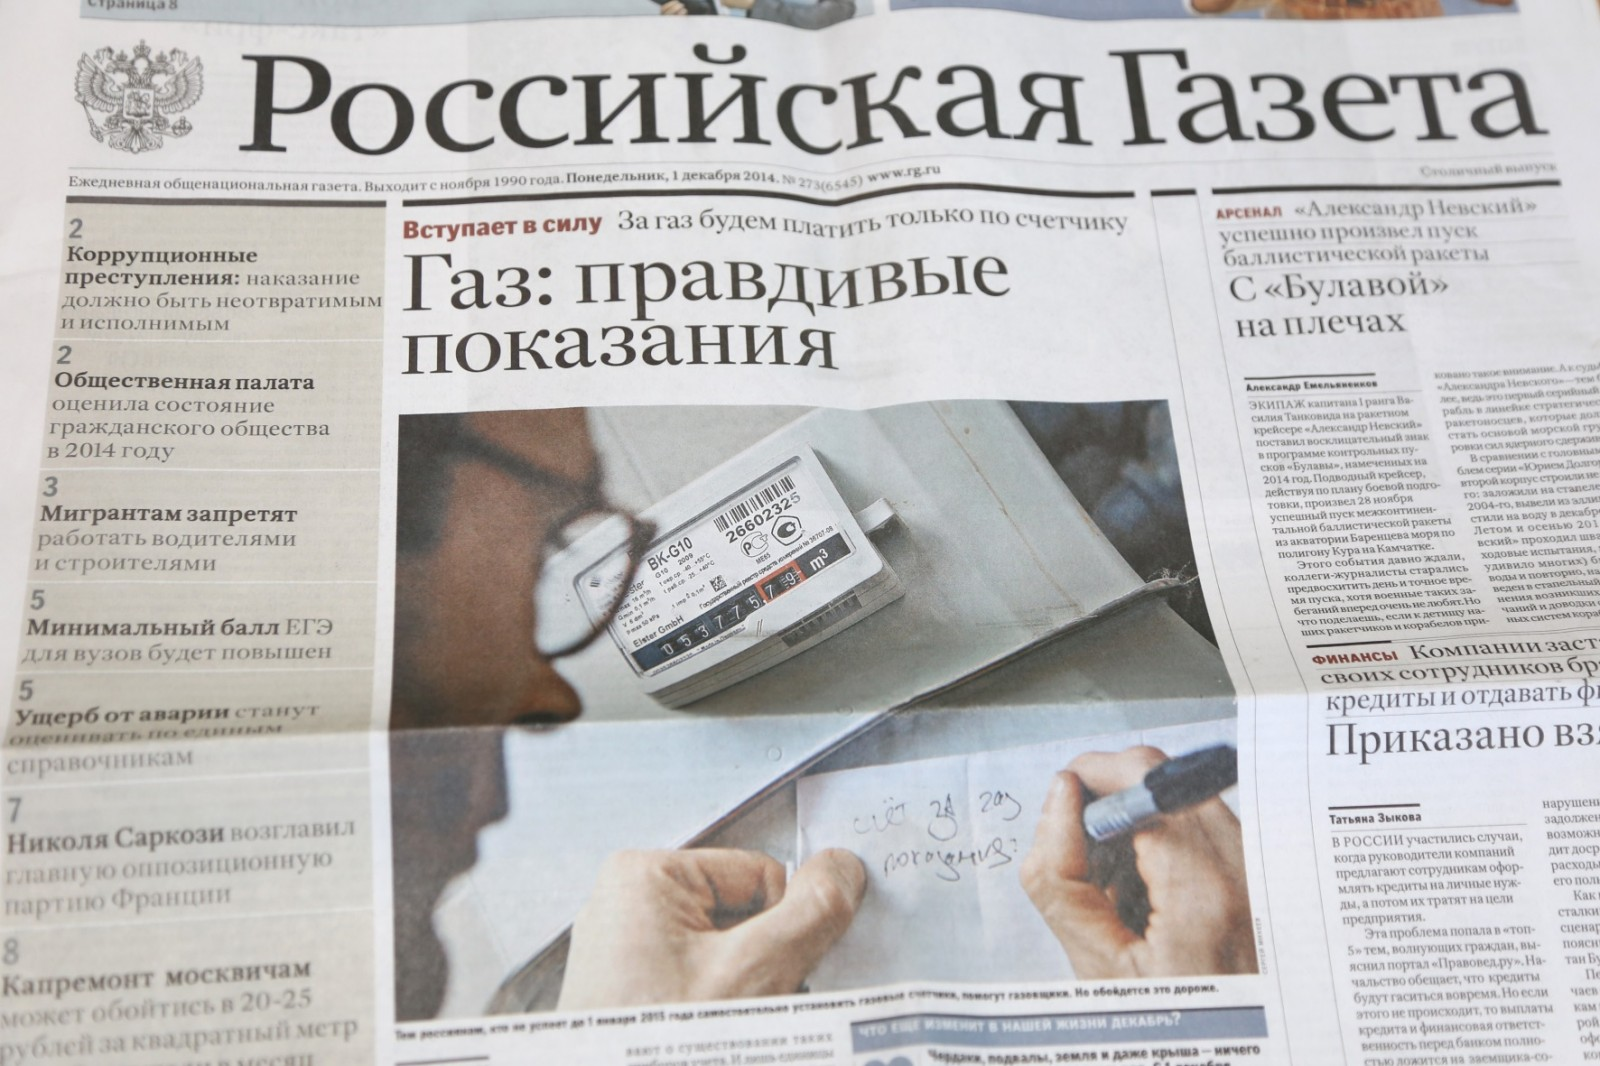
Language: ru